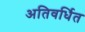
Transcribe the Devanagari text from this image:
अतिवर्धित